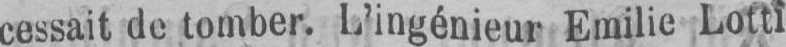
cessait de tomber. L’ingénieur Emilie Lotti